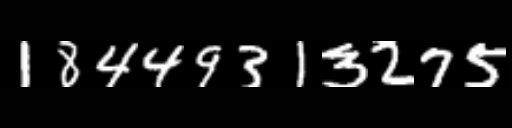
Text: 18449313275